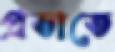
প্রভাতে